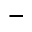
-